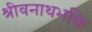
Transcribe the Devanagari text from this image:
श्रीवनाथभक्ति